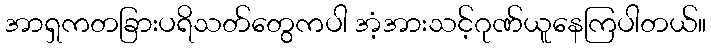
အာရှကတခြားပရိသတ်တွေကပါ အံ့အားသင့်ဂုဏ်ယူနေကြပါတယ်။